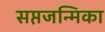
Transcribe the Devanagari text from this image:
सप्तजन्मिका